King Institute of Preventive Medicine Micro-Biological Section reports 1909-11
Year: 1909
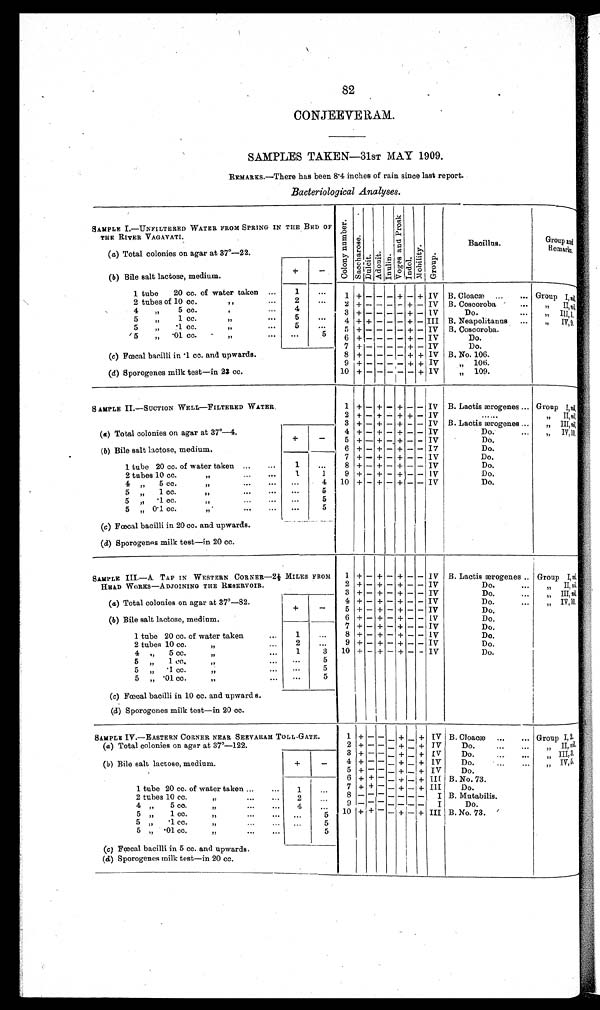
82
CONJEEVERAM.
SAMPLES TAKEN—31ST MAY 1909.
REMARKS.—There has been 8.4 inches of rain since last report.
Bacteriological Analyses.
SAMPLE I.—UNFILTERED WATER FROM SPRING IN THE BED OF
THE RIVER VAGAVATI.
C o l o n y n u mb e r .
Sa c c ha r os e .
Dul ci t . Adonit I n u l i n .
Vo g e s a n d P r o s k .
Indol
Mo b i l i t y .
Gr oup.
Bacillus.
Group and
Remarks.
( a) Total colonies on agar at 37º—22.
( b ) Bile salt lactose, medium.
+
–
1 tube
20 cc. of water taken
...
1
. . .
1 +
– – – +
– + IV B. Cloacæ
...
... Group I, nil.
2 tubes of 10 cc.
,,
2
. . .
2
+
– – – – +
– IV B. Coscoroba '
...
,,
II,nil.
4
,,
cc.
3
+ – – -
– – –
+ – IV
Do.
...
,,
III,1
5
m,1 cc.
,, ....
. . .
4 + +
– – – – – III B. Neapolitanus
,, IV, 9
„
. . .
5
. . .
5 +
– – – – – +
– IV
...
B. Coscoroba.
5
cc.
11
...
. . .
5
6 +
– – – – +
– IV
Do.
7
- -
– –
+ – IV
Do.
(c) Fœcal bacilli in .1 cc. and upwards.
8 +
– – – – + + IV B.No.106.
9
+ – – – –
+ + IV
„
106.
(d) Sporogenes milk test—in 23 cc.
I
10
+
– + –
+
–
IV
„
109.
SAMPLE II.—SUCTION WELL—FILTERED WATER.
1 +
– + – + –
– IV B. Lactis ærogenes ... Group I, nil,
2
+ – +
– + + – IV
. . . . . .
II, nil,
3 +
– + – +
– – Iv B. Lactis ærogenes ...
III,nil
(et) Total colonies on agar at 37°—4
4 +
– + – +
– – IV
Do.
...
IV,10,
+
–
5 +
– +
– +
– – IV
Do.
,
( b) Bile salt lactose, medium.
6 +
– +
– +
– – IV
Do.
7 +
– +
– +
– – IV
Do.
1 tube 20 cc. of water taken ...
. . .
1
. . .
8 +
– +
– +
– – IV
Do.
2 tubes 10 cc.
,, ...
. . .
1
1
9
+ – +
– +
– – IV
Do.
4
„
5 cc.
11
...
. . .
. . .
4
10 +
– + – +
– – IV
Do.
5
„
1 cc.
11
...
. . .
. . .
5
5
,,
.1 cc.,,
...
...
...
5
5
„ 0.1 cc.
,, ...
...
. . .
5
(c) Fœcal bacilli in 20 cc. and upwards.
( d) Sporogenes milk test—in 20 cc.
SAMPLE III.—A. TAP IN WESTERN CORNER—2½ MILES FROM
1. +
– + – +
–
– IV B. Lactis ærogenes .. Group I, ni l
HEAD WORKS—ADJOINING THE RESERVOIR.
2 +
– +
– +
– – IV
Do.
II, nil
3 +
– +
– +
– – IV
Do.
„ I I I , n i l
(a) Total colonies on agar at 37º-82.
4 +
– +
– +
– – IV
Do.
III,
nil
+
–
5
+ – + – +
– – IV
...
Do.
IV 10.
(b) Bile salt lactose medium.
6 +
– + – + – – IV
Do.
7 +
– + + + – + –
– IV
Do.
1 tube 20 cc. of water taken
. . .
1
...
8 +
– +
– +
–
– 1V
Do.
2 tubes 10 cc.
, ,
. . .
2
. . .
9
+ – + – +
– – IV
Do.
4
„
5 cc.
11
. . .
1
3
10 +
– +
– +
– – IV
Do.
5
„
1 cc.,,
. . .
. . .
5
5
„
.1 cc.
. . .
. . .
5
5
„ .01 cc.
,,
...
. . .
5
(c) Fœcal bacilli in 10 cc. and upwards.
(d) Sporogenes milk test—in 20 cc.
SAMPLE IV.—EASTERN CORNER NEAR SEEVARAM TOL -GATE.
1 +
– – –
+
+ IV B. Cloacæ
Group I, 2.
(a) Total colonies on agar at 37º—122.
2 +
– – –
+
–
+ IV
...
...
Do
Gruop II, nil.
3 +
– – –
+
–
+ IV
Do.
( b ) Bile salt lactose, medium.
+
–
4 +
– – –
+
–
+ IV
Do
„
IV,5.
5 +
–
– +
– + IV
...
...
Do.
„
6 +
+ – – +
– + III B.No.73.
1 tube 20 cc. of water taken ...
...
1
. . .
7 + +
– – +
– + III
Do.
2 tubes 10 cc.
,
8
–
– – – – – –
I B. Mutabilis.
4 „
5 co.
. . .
9
–
– – – –
– – I
Do.
5 „
1 cc.„
...
...
. . .
5
10 + +
– – + – + III B.No.73.
5 „
.1 cc.„...
...
. . .
5
-
5 „
.01 cc.
,, ...
...
5
(c) Fœcal bacilli in 5 cc. and upwards.
( d) Sporogenes milk test—in 20 cc.